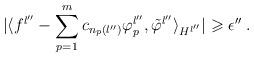
LaTeX: \begin{align*}\vert\langle f^{l''}-\sum_{p=1}^m c_{n_p(l'')}\varphi_p^{l''},\tilde{\varphi}^{l''}\rangle_{H^{l''}}\vert\geqslant\epsilon''\; .\end{align*}